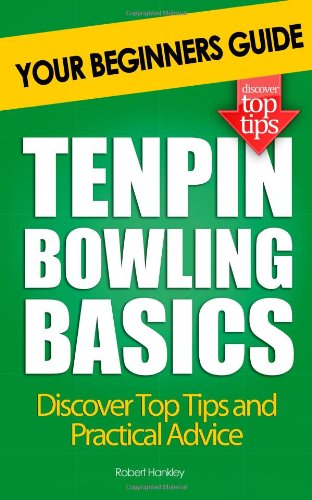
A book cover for Tenpin Bowling Basics: Your Beginners Guide; Robert Hankley; Sports & Outdoors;